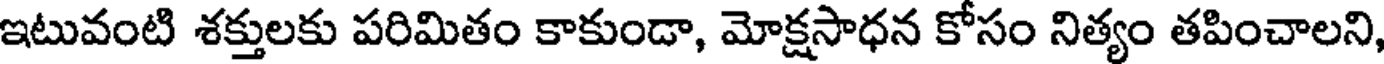
ఇటువంటి శక్తులకు పరిమితం కాకుండా, మోక్షసాధన కోసం నిత్యం తపించాలని,